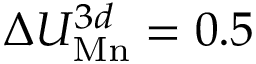
\Delta U _ { \mathrm { M n } } ^ { 3 d } = 0 . 5